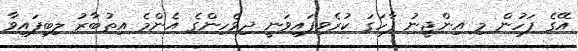
އޭގެ ފަހުން މި އިންޖީނު ފާހަގަ ކުރެވިފައިވަނީ ދިވެހިންގެ އެންމެ އިތުބާރު ލިބިފައިވާ